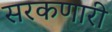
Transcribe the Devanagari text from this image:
सरकणारी